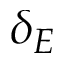
\delta _ { E }